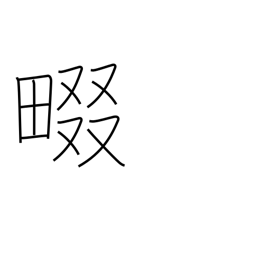
Meaning: rice field ridge path